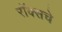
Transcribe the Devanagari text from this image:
रॉक्सचे